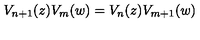
V _ { n + 1 } ( z ) V _ { m } ( w ) = V _ { n } ( z ) V _ { m + 1 } ( w )